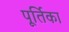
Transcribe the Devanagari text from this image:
पूर्तिका